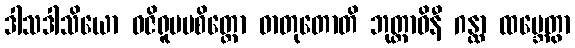
ဒါသဒါသိယော ဝဇိရူပမစိတ္တော ဓာတုတောတိ ဘုတ္တာဝိနီ ဂန္ထာ ထမ္ဘေတွာ